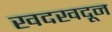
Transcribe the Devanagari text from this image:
खदखदून